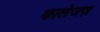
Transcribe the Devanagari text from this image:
कालेजज़